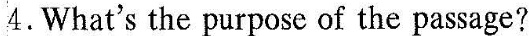
4.What's the purpose of the passage?